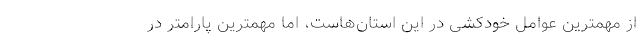
از مهمترین عوامل خودکشی در این استان‌هاست، اما مهمترین پارامتر در